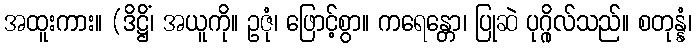
အထူးကား။ (ဒိဋ္ဌိံ၊ အယူကို။ ဥဇုံ၊ ဖြောင့်စွာ။ ကရေန္တော၊ ပြုဆဲ ပုဂ္ဂိုလ်သည်။ စတုန္နံ၊